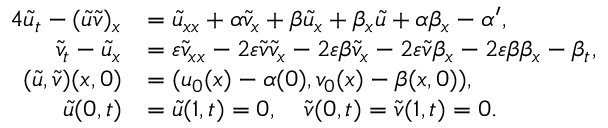
\begin{array} { r l } { { 4 } \tilde { u } _ { t } - ( \tilde { u } \tilde { v } ) _ { x } } & { = \tilde { u } _ { x x } + \alpha \tilde { v } _ { x } + \beta \tilde { u } _ { x } + \beta _ { x } \tilde { u } + \alpha \beta _ { x } - \alpha ^ { \prime } , } \\ { \tilde { v } _ { t } - \tilde { u } _ { x } } & { = \varepsilon \tilde { v } _ { x x } - 2 \varepsilon \tilde { v } \tilde { v } _ { x } - 2 \varepsilon \beta \tilde { v } _ { x } - 2 \varepsilon \tilde { v } \beta _ { x } - 2 \varepsilon \beta \beta _ { x } - \beta _ { t } , } \\ { ( \tilde { u } , \tilde { v } ) ( x , 0 ) } & { = ( u _ { 0 } ( x ) - \alpha ( 0 ) , v _ { 0 } ( x ) - \beta ( x , 0 ) ) , } \\ { \tilde { u } ( 0 , t ) } & { = \tilde { u } ( 1 , t ) = 0 , \ \ \ \tilde { v } ( 0 , t ) = \tilde { v } ( 1 , t ) = 0 . } \end{array}